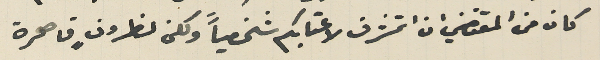
كان من المقتضي ان اتشرف لاعتابكم شخصياً ولكن الظروفٍ قاهرة